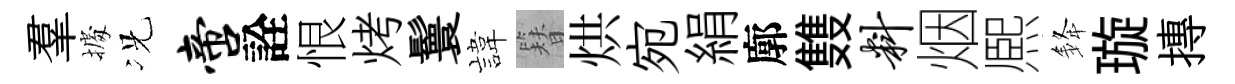
羣𢴃况啻詮恨烤鬟旗簪烘宛絹廓䨇料烟熈𨦟璇摶